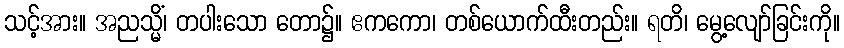
သင့်အား။ အညသ္မိံ၊ တပါးသော တော၌။ ဧကကော၊ တစ်ယောက်ထီးတည်း။ ရတိ၊ မွေ့လျော်ခြင်းကို။